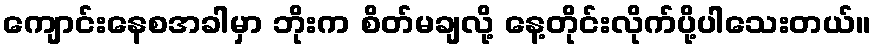
ကျောင်းနေစအခါမှာ ဘိုးက စိတ်မချလို့ နေ့တိုင်းလိုက်ပို့ပါသေးတယ်။